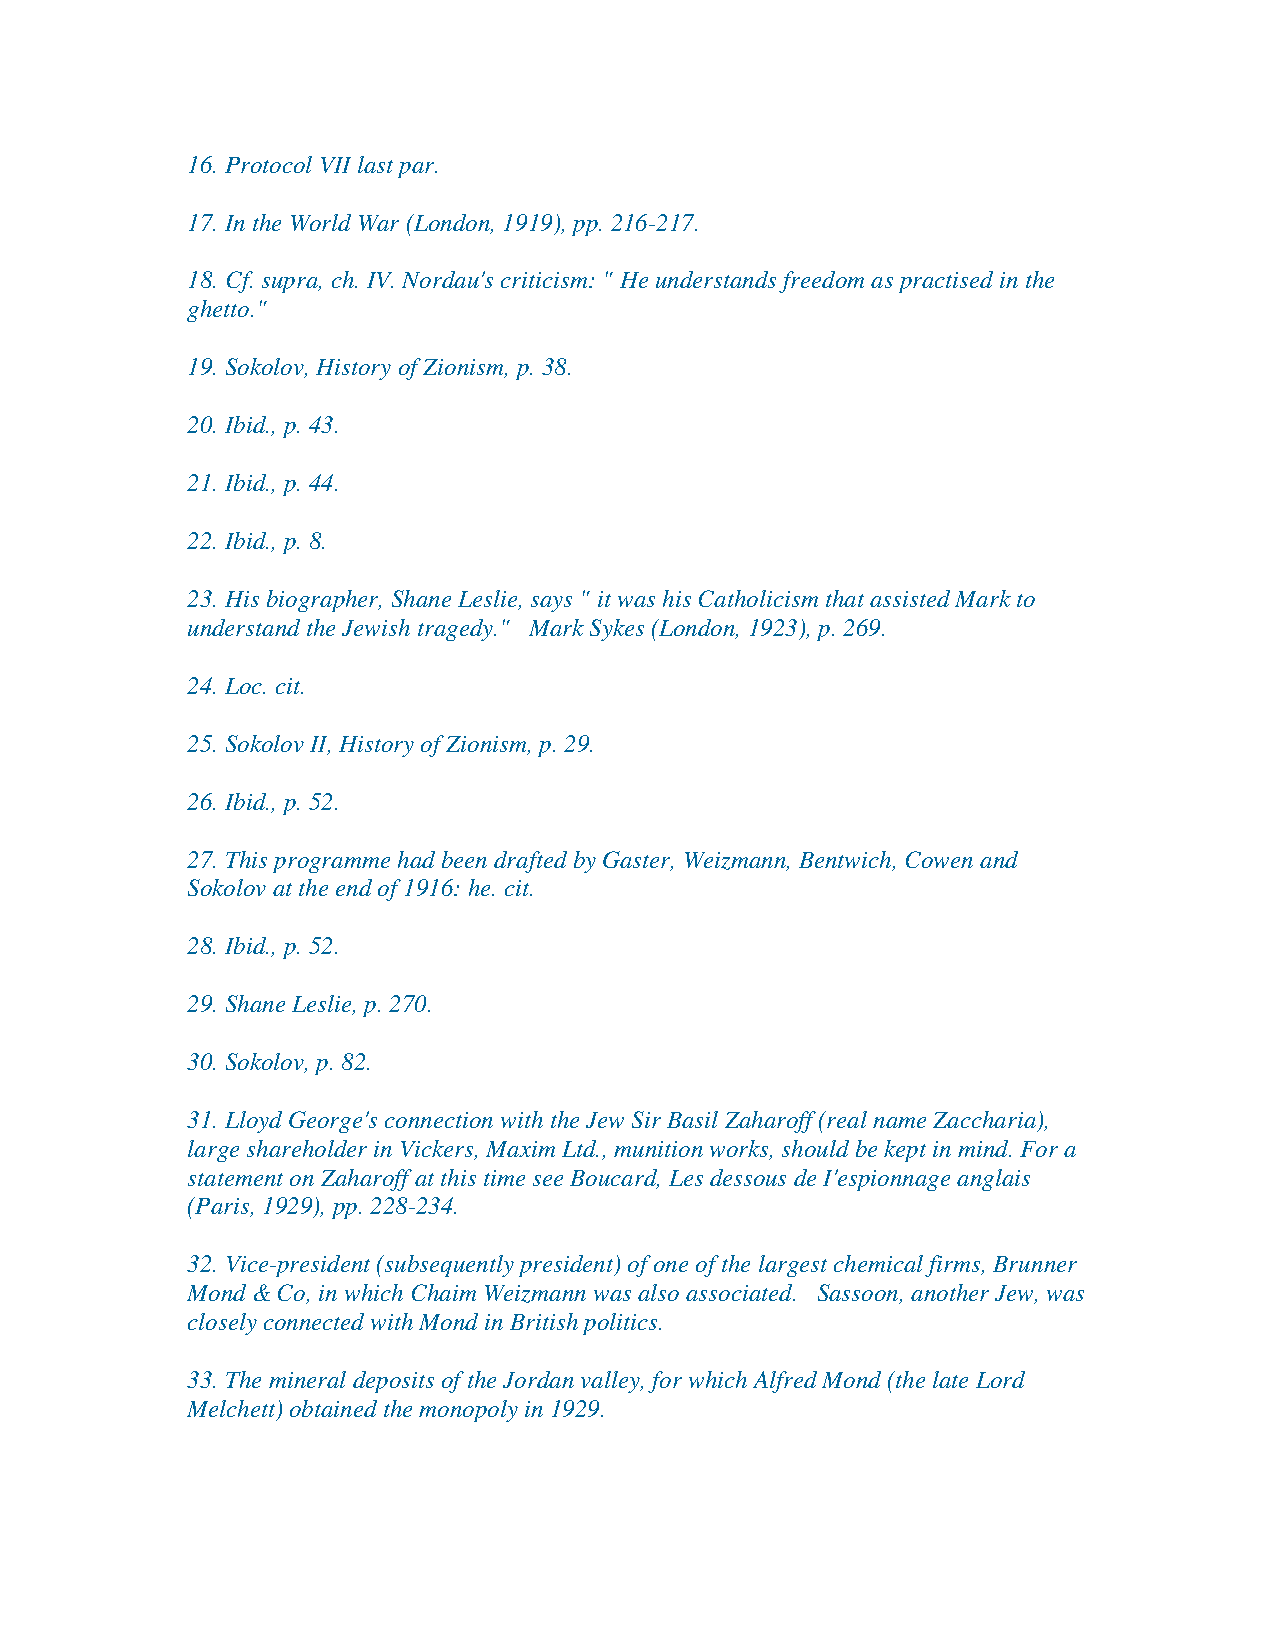
16. Protocol VII last par.
 17. In the World War (London, 1919), pp. 216-217.
 18. Cf. supra, ch. IV. Nordau's criticism: " He understands freedom as practised in the
 ghetto."
 19. Sokolov, History of Zionism, p. 38.
 20. Ibid., p. 43.
 21. Ibid., p. 44.
 22. Ibid., p. 8.
 23. His biographer, Shane Leslie, says " it was his Catholicism that assisted Mark to
 understand the Jewish tragedy." Mark Sykes (London, 1923), p. 269.
 24. Loc. cit.
 25. Sokolov II, History of Zionism, p. 29.
 26. Ibid., p. 52.
 27. This programme had been drafted by Gaster, Weizmann, Bentwich, Cowen and
 Sokolov at the end of 1916: he. cit.
 28. Ibid., p. 52.
 29. Shane Leslie, p. 270.
 30. Sokolov, p. 82.
 31. Lloyd George's connection with the Jew Sir Basil Zaharoff (real name Zaccharia),
 large shareholder in Vickers, Maxim Ltd., munition works, should be kept in mind. For a
 statement on Zaharoff at this time see Boucard, Les dessous de I'espionnage anglais
 (Paris, 1929), pp. 228-234.
 32. Vice-president (subsequently president) of one of the largest chemical firms, Brunner
 Mond & Co, in which Chaim Weizmann was also associated. Sassoon, another Jew, was
 closely connected with Mond in British politics.
 33. The mineral deposits of the Jordan valley, for which Alfred Mond (the late Lord
 Melchett) obtained the monopoly in 1929.